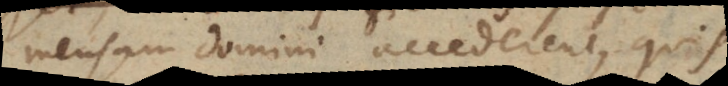
mensam domini accederent, quis